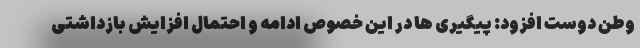
وطن دوست افزود: پیگیری ها در این خصوص ادامه و احتمال افزایش بازداشتی